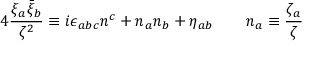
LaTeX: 4 \frac { \xi _ { a } \bar { \xi } _ { b } } { \zeta ^ { 2 } } \equiv i \epsilon _ { a b c } n ^ { c } + n _ { a } n _ { b } + \eta _ { a b } \qquad n _ { a } \equiv \frac { \zeta _ { a } } { \zeta }